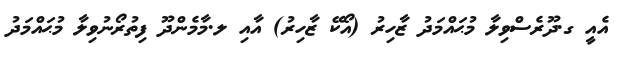
އެއީ ގ.ދޫރެސްވިލާ މުޙައްމަދު ޒާހިރު (އޯކޭ ޒާހިރު) އާއި ލ.މާމެންދޫ ފިތުރޯނުވިލާ މުޙައްމަދު